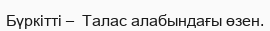
Бүркітті –  Талас алабындағы өзен.